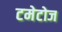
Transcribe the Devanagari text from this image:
टमेटोज